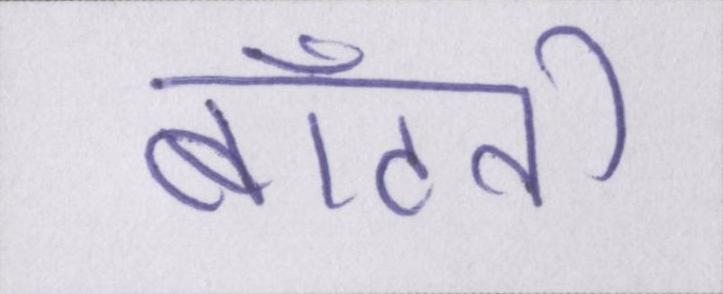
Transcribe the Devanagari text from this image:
बाँटती